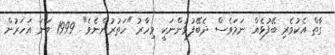
ގާތް އެކުވެރި ބޭފުޅެއް ނަމަވެސް ދެބޭފުޅުންނަކީ މިހާރު "ހަތުރުންނެވެ". 1999 ވަނަ އަހަރުން